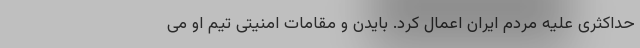
حداکثری علیه مردم ایران اعمال کرد. بایدن و مقامات امنیتی تیم او می